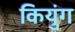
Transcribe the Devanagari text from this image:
कियुंग